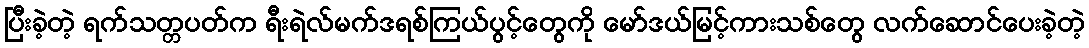
ပြီးခဲ့တဲ့ ရက်သတ္တပတ်က ရီးရဲလ်မက်ဒရစ်ကြယ်ပွင့်တွေကို မော်ဒယ်မြင့်ကားသစ်တွေ လက်ဆောင်ပေးခဲ့တဲ့